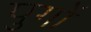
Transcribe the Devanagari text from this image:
पुगों